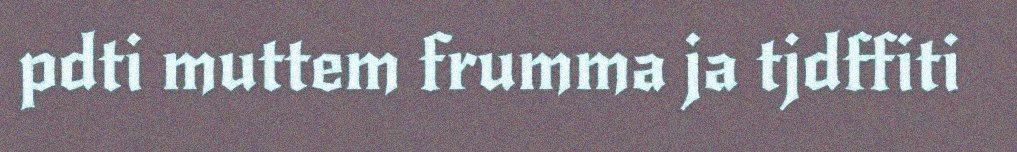
pdti muttem frumma ja tjdffiti